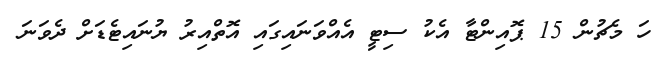
ހަ މެޗުން 15 ޕޮއިންޓާ އެކު ސިޓީ އެއްވަނައިގައި އޮތްއިރު ޔުނައިޓެޑަށް ދެވަނަ